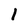
Character: 1